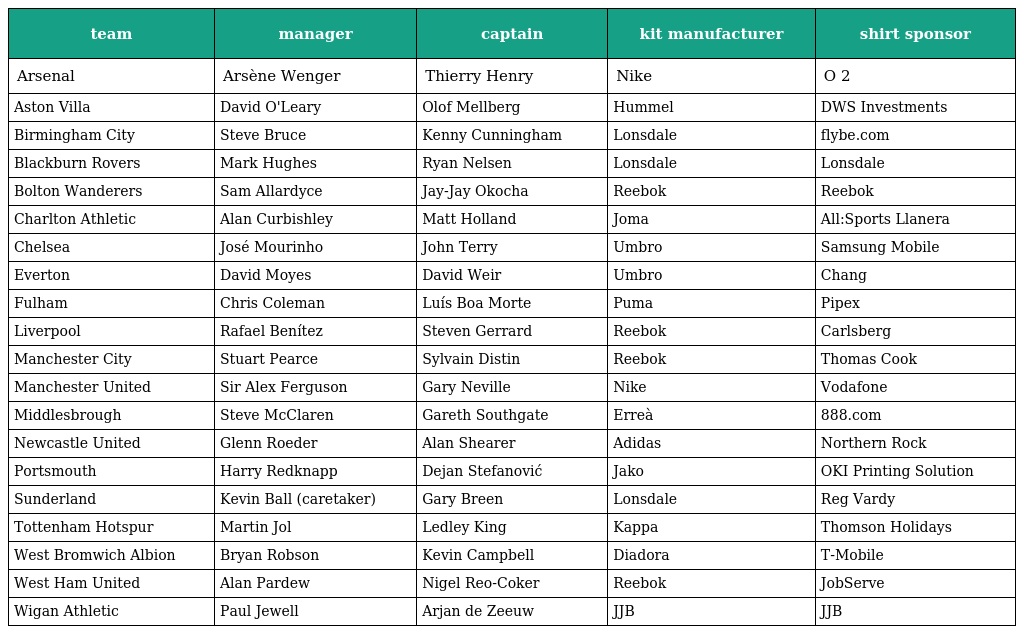
| team | manager | captain | kit manufacturer | shirt sponsor |
 | --- | --- | --- | --- | --- |
 | Arsenal | Arsène Wenger | Thierry Henry | Nike | O 2 |
 | Aston Villa | David O'Leary | Olof Mellberg | Hummel | DWS Investments |
 | Birmingham City | Steve Bruce | Kenny Cunningham | Lonsdale | flybe.com |
 | Blackburn Rovers | Mark Hughes | Ryan Nelsen | Lonsdale | Lonsdale |
 | Bolton Wanderers | Sam Allardyce | Jay-Jay Okocha | Reebok | Reebok |
 | Charlton Athletic | Alan Curbishley | Matt Holland | Joma | All:Sports Llanera |
 | Chelsea | José Mourinho | John Terry | Umbro | Samsung Mobile |
 | Everton | David Moyes | David Weir | Umbro | Chang |
 | Fulham | Chris Coleman | Luís Boa Morte | Puma | Pipex |
 | Liverpool | Rafael Benítez | Steven Gerrard | Reebok | Carlsberg |
 | Manchester City | Stuart Pearce | Sylvain Distin | Reebok | Thomas Cook |
 | Manchester United | Sir Alex Ferguson | Gary Neville | Nike | Vodafone |
 | Middlesbrough | Steve McClaren | Gareth Southgate | Erreà | 888.com |
 | Newcastle United | Glenn Roeder | Alan Shearer | Adidas | Northern Rock |
 | Portsmouth | Harry Redknapp | Dejan Stefanović | Jako | OKI Printing Solution |
 | Sunderland | Kevin Ball (caretaker) | Gary Breen | Lonsdale | Reg Vardy |
 | Tottenham Hotspur | Martin Jol | Ledley King | Kappa | Thomson Holidays |
 | West Bromwich Albion | Bryan Robson | Kevin Campbell | Diadora | T-Mobile |
 | West Ham United | Alan Pardew | Nigel Reo-Coker | Reebok | JobServe |
 | Wigan Athletic | Paul Jewell | Arjan de Zeeuw | JJB | JJB |